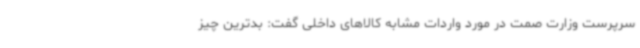
سرپرست وزارت صمت در مورد واردات مشابه کالاهای داخلی گفت: بدترین چیز